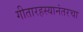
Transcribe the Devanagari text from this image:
गीतारहस्यानंतरचा